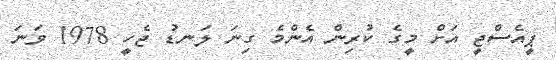
ޕީއެސްޖީ އަށް މީގެ ކުރިން އެންމެ ގިނަ ލަނޑު ޖެހީ 1978 ވަނަ